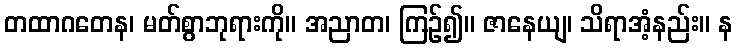
တထာဂတေန၊ မတ်စွာဘုရားကို။ အညာတ၊ ကြဉ်၍။ ဇာနေယျ၊ သိရာအံ့နည်း။ န